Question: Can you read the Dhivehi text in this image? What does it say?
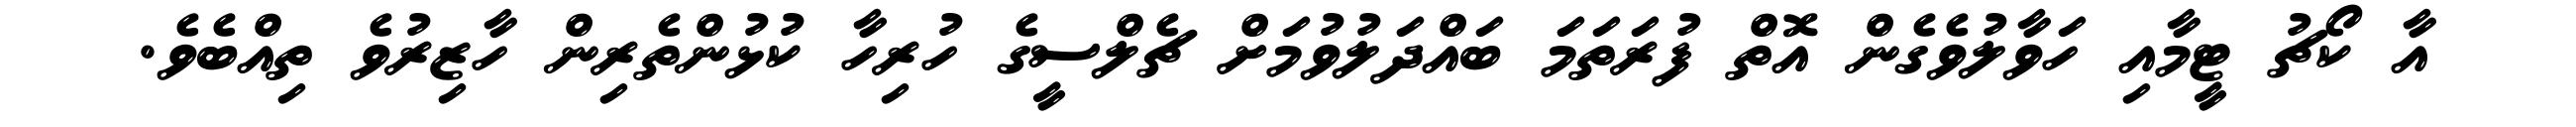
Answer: އާ ކޯޗު ޓީމާއި ހަވާލުވެގެން އޮތް ފުރަތަމަ ބައްދަލުވުމަށް ޗެލްސީގެ ހުރިހާ ކުޅުންތެރިން ހާޒިރުވެ ތިއްބެވެ.